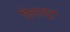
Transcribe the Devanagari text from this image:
तिसाहून